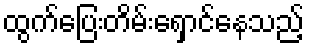
ထွက်ပြေးတိမ်းရှောင်နေသည့်